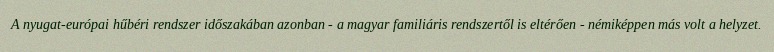
A nyugat-európai hűbéri rendszer időszakában azonban - a magyar familiáris rendszertől is eltérően - némiképpen más volt a helyzet.